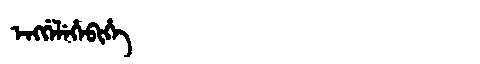
Manchu: ᡝᠩᡤᡝᠯᡝᡥᡝᠪᡳᡥᡝ
Romanization: ENGGELEHEBIHE